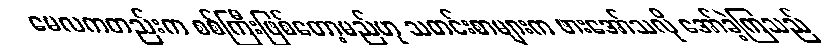
မေလကတည်းက စစ်ကြီးဖြစ်တော့မည်ဟု သတင်းစာများက ဖားအော်သလို အော်ခဲ့ကြသည်